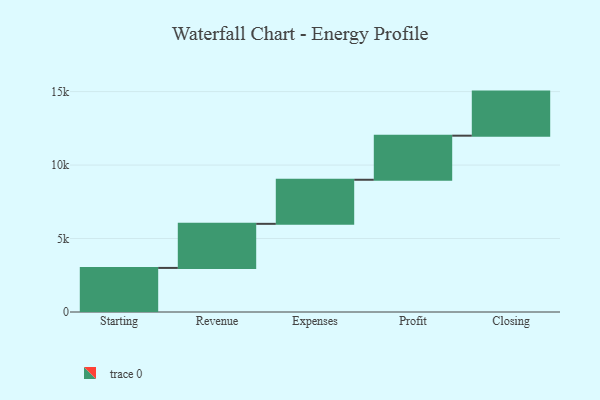
{"axis": {"x": "Step", "y": "Value"}, "legend": [""], "data": [{"x": "Starting", "y": 3000, "type": ""}, {"x": "Revenue", "y": 3000, "type": ""}, {"x": "Expenses", "y": 3000, "type": ""}, {"x": "Profit", "y": 3000, "type": ""}, {"x": "Closing", "y": 3000, "type": ""}]}